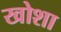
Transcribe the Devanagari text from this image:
खोशा